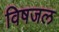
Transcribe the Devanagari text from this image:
विषजल